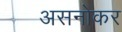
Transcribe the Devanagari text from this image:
असनोकर